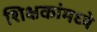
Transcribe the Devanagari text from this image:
शिक्षकांमध्ये